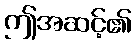
ဤအဆင့်၏